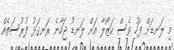
މި ލަނޑަށް ފަހު ވެސް ކަޒޯލާ އަށް ލަނޑު ޖަހާނެ ރަނގަޅު ފުރުސަތެއް